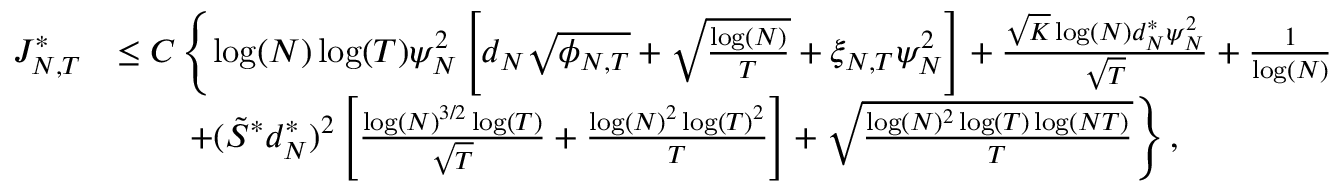
\begin{array} { r l } { { J _ { N , T } ^ { * } } } & { \leq C \left\lbrace \log ( N ) \log ( T ) \psi _ { N } ^ { 2 } \left[ d _ { N } \sqrt { \phi _ { N , T } } + \sqrt { \frac { \log ( N ) } { T } } + \xi _ { N , T } \psi _ { N } ^ { 2 } \right] + \frac { \sqrt { K } \log ( N ) d _ { N } ^ { * } \psi _ { N } ^ { 2 } } { \sqrt { T } } + \frac { 1 } { \log ( N ) } \right. } \\ & { \left. \qquad + ( \tilde { S } ^ { * } d _ { N } ^ { * } ) ^ { 2 } \left[ \frac { \log ( N ) ^ { 3 / 2 } \log ( T ) } { \sqrt { T } } + \frac { \log ( N ) ^ { 2 } \log ( T ) ^ { 2 } } { T } \right] + \sqrt { \frac { \log ( N ) ^ { 2 } \log ( T ) \log ( N T ) } { T } } \right\rbrace , } \end{array}